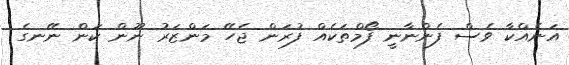
އަނެއްކާ ވެސް ފެންނާނީ ފޯމްތަކެއް ފުރަން ޖެހޭ މަންޒަރު ނޫން ކަން ނޭނގެ